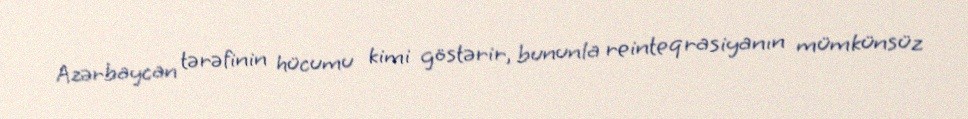
Azərbaycan tərəfinin hücumu kimi göstərir, bununla reinteqrasiyanın mümkünsüz